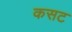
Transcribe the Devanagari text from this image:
कसट